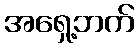
အရှေ့ဘက်